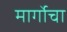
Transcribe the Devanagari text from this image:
मार्गोचा